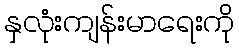
နှလုံးကျန်းမာရေးကို